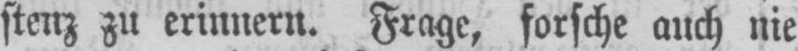
stenz zu erinnern. Frage, forsche auch nie